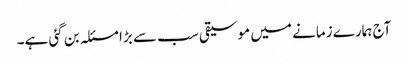
آج ہمارے زمانے میں موسیقی سب سے بڑا مسئلہ بن گئی ہے۔